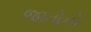
જાતોનો